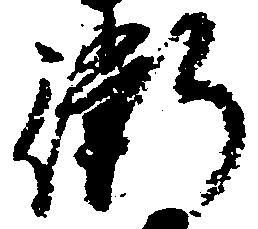
衙